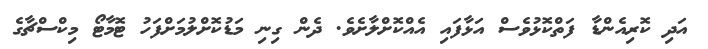
އަދި ކޮރިއެންޑާ ފަތްކޮޅުވެސް އަޅާފައި އެއްކޮށްލާށެވެ. ދެން ގިނި މަޑުކޮށްލުމަށްފަހު ޓޮމާޓޯ މިކްސްޗާގެ